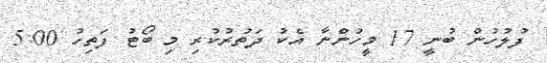
ފުލުހުން ބުނީ 17 މީހުންނާ އެކު ދަތުރުކުރި މި ބޯޓު ފަތިހު 5:00